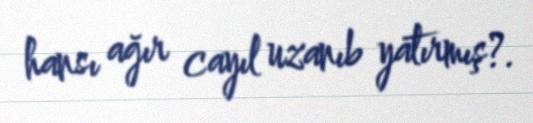
hansı ağır cayıl uzanıb yatırmış?.